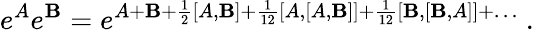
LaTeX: e^{A}e^{\mathbf{B}}=e^{A+\mathbf{B}+{\frac{{1}}{{2}}}[A,\mathbf{B}]+{\frac{{1}}{{12}}}[A,[A,\mathbf{B}]]+{\frac{{1}}{{12}}}[\mathbf{B},[\mathbf{B},A]]+\ldots}\ .